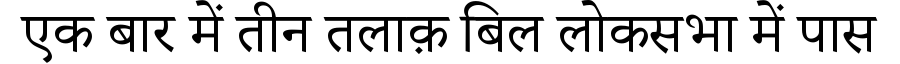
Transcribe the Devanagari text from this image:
एक बार में तीन तलाक़ बिल लोकसभा में पास